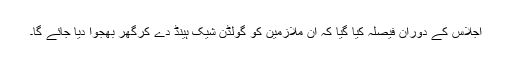
اجلاس کے دوران فیصلہ کیا گیا کہ ان ملازمین کو گولڈن شیک ہینڈ دے کرگھر بھجوا دیا جائے گا۔